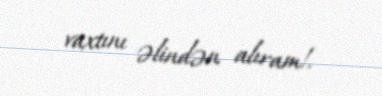
vaxtını əlindən alıram!.